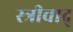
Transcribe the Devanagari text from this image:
स्त्रीवाद्